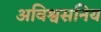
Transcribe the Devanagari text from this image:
अविश्वसनिय